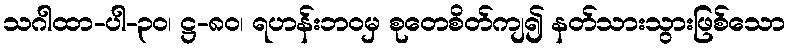
သဂါထာ-ပါ-၃၀၊ ဋ္ဌ-၈၀၊ ရဟန်းဘဝမှ စုတေစိတ်ကျ၍ နတ်သားသွားဖြစ်သော